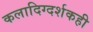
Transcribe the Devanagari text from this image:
कलादिग्दर्शकही